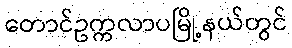
တောင်ဥက္ကလာပမြို့နယ်တွင်